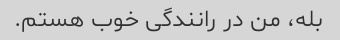
بله، من در رانندگی خوب هستم.